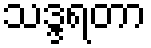
သဒ္ဒရတာ